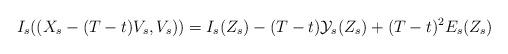
LaTeX: \begin{align*}I_s ((X_s - (T-t)V_s,V_s)) = I_s (Z_s) - (T-t) \mathcal{Y}_s (Z_s) + (T-t)^2 E_s (Z_s)\end{align*}